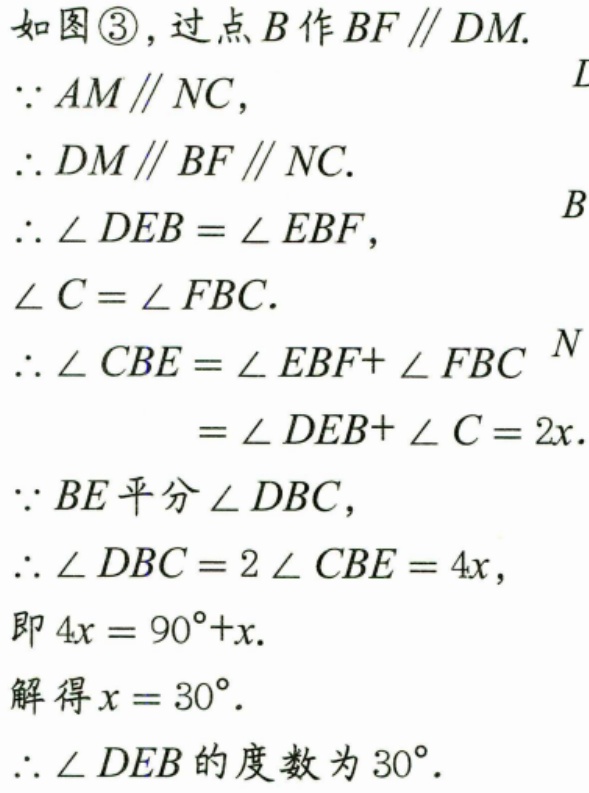
如图\textcircled{3}，过点\(B\)作\(BF \parallel DM\).
\(\because AM\parallel NC\)，
\(\therefore DM\parallel BF\parallel NC\).
\(\therefore \angle DEB = \angle EBF\)，
\(\angle C = \angle FBC\).
\(\therefore \angle CBE=\angle EBF + \angle FBC\)
\(=\angle DEB+\angle C = 2x\).
\(\because BE\)平分\(\angle DBC\)，
\(\therefore \angle DBC = 2\angle CBE = 4x\)，
即\(4x = 90^{\circ}+x\).
解得\(x = 30^{\circ}\).
\(\therefore \angle DEB\)的度数为\(30^{\circ}\).